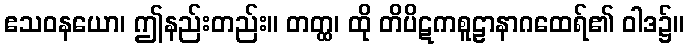
ဧသဝနယော၊ ဤနည်းတည်း။ တတ္ထ၊ ထို တိပိဋကစူဠာနာဂထေရ်၏ ဝါဒ၌။